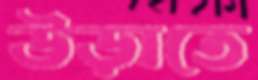
উড়াতে